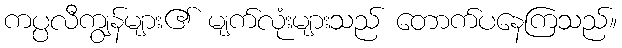
ကပ္ပလီကျွန်များ၏ မျက်လုံးများသည် တောက်ပနေကြသည်။